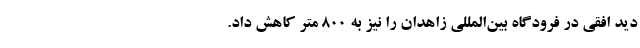
دید افقی در فرودگاه بین‌المللی زاهدان را نیز به 800 متر کاهش داد.